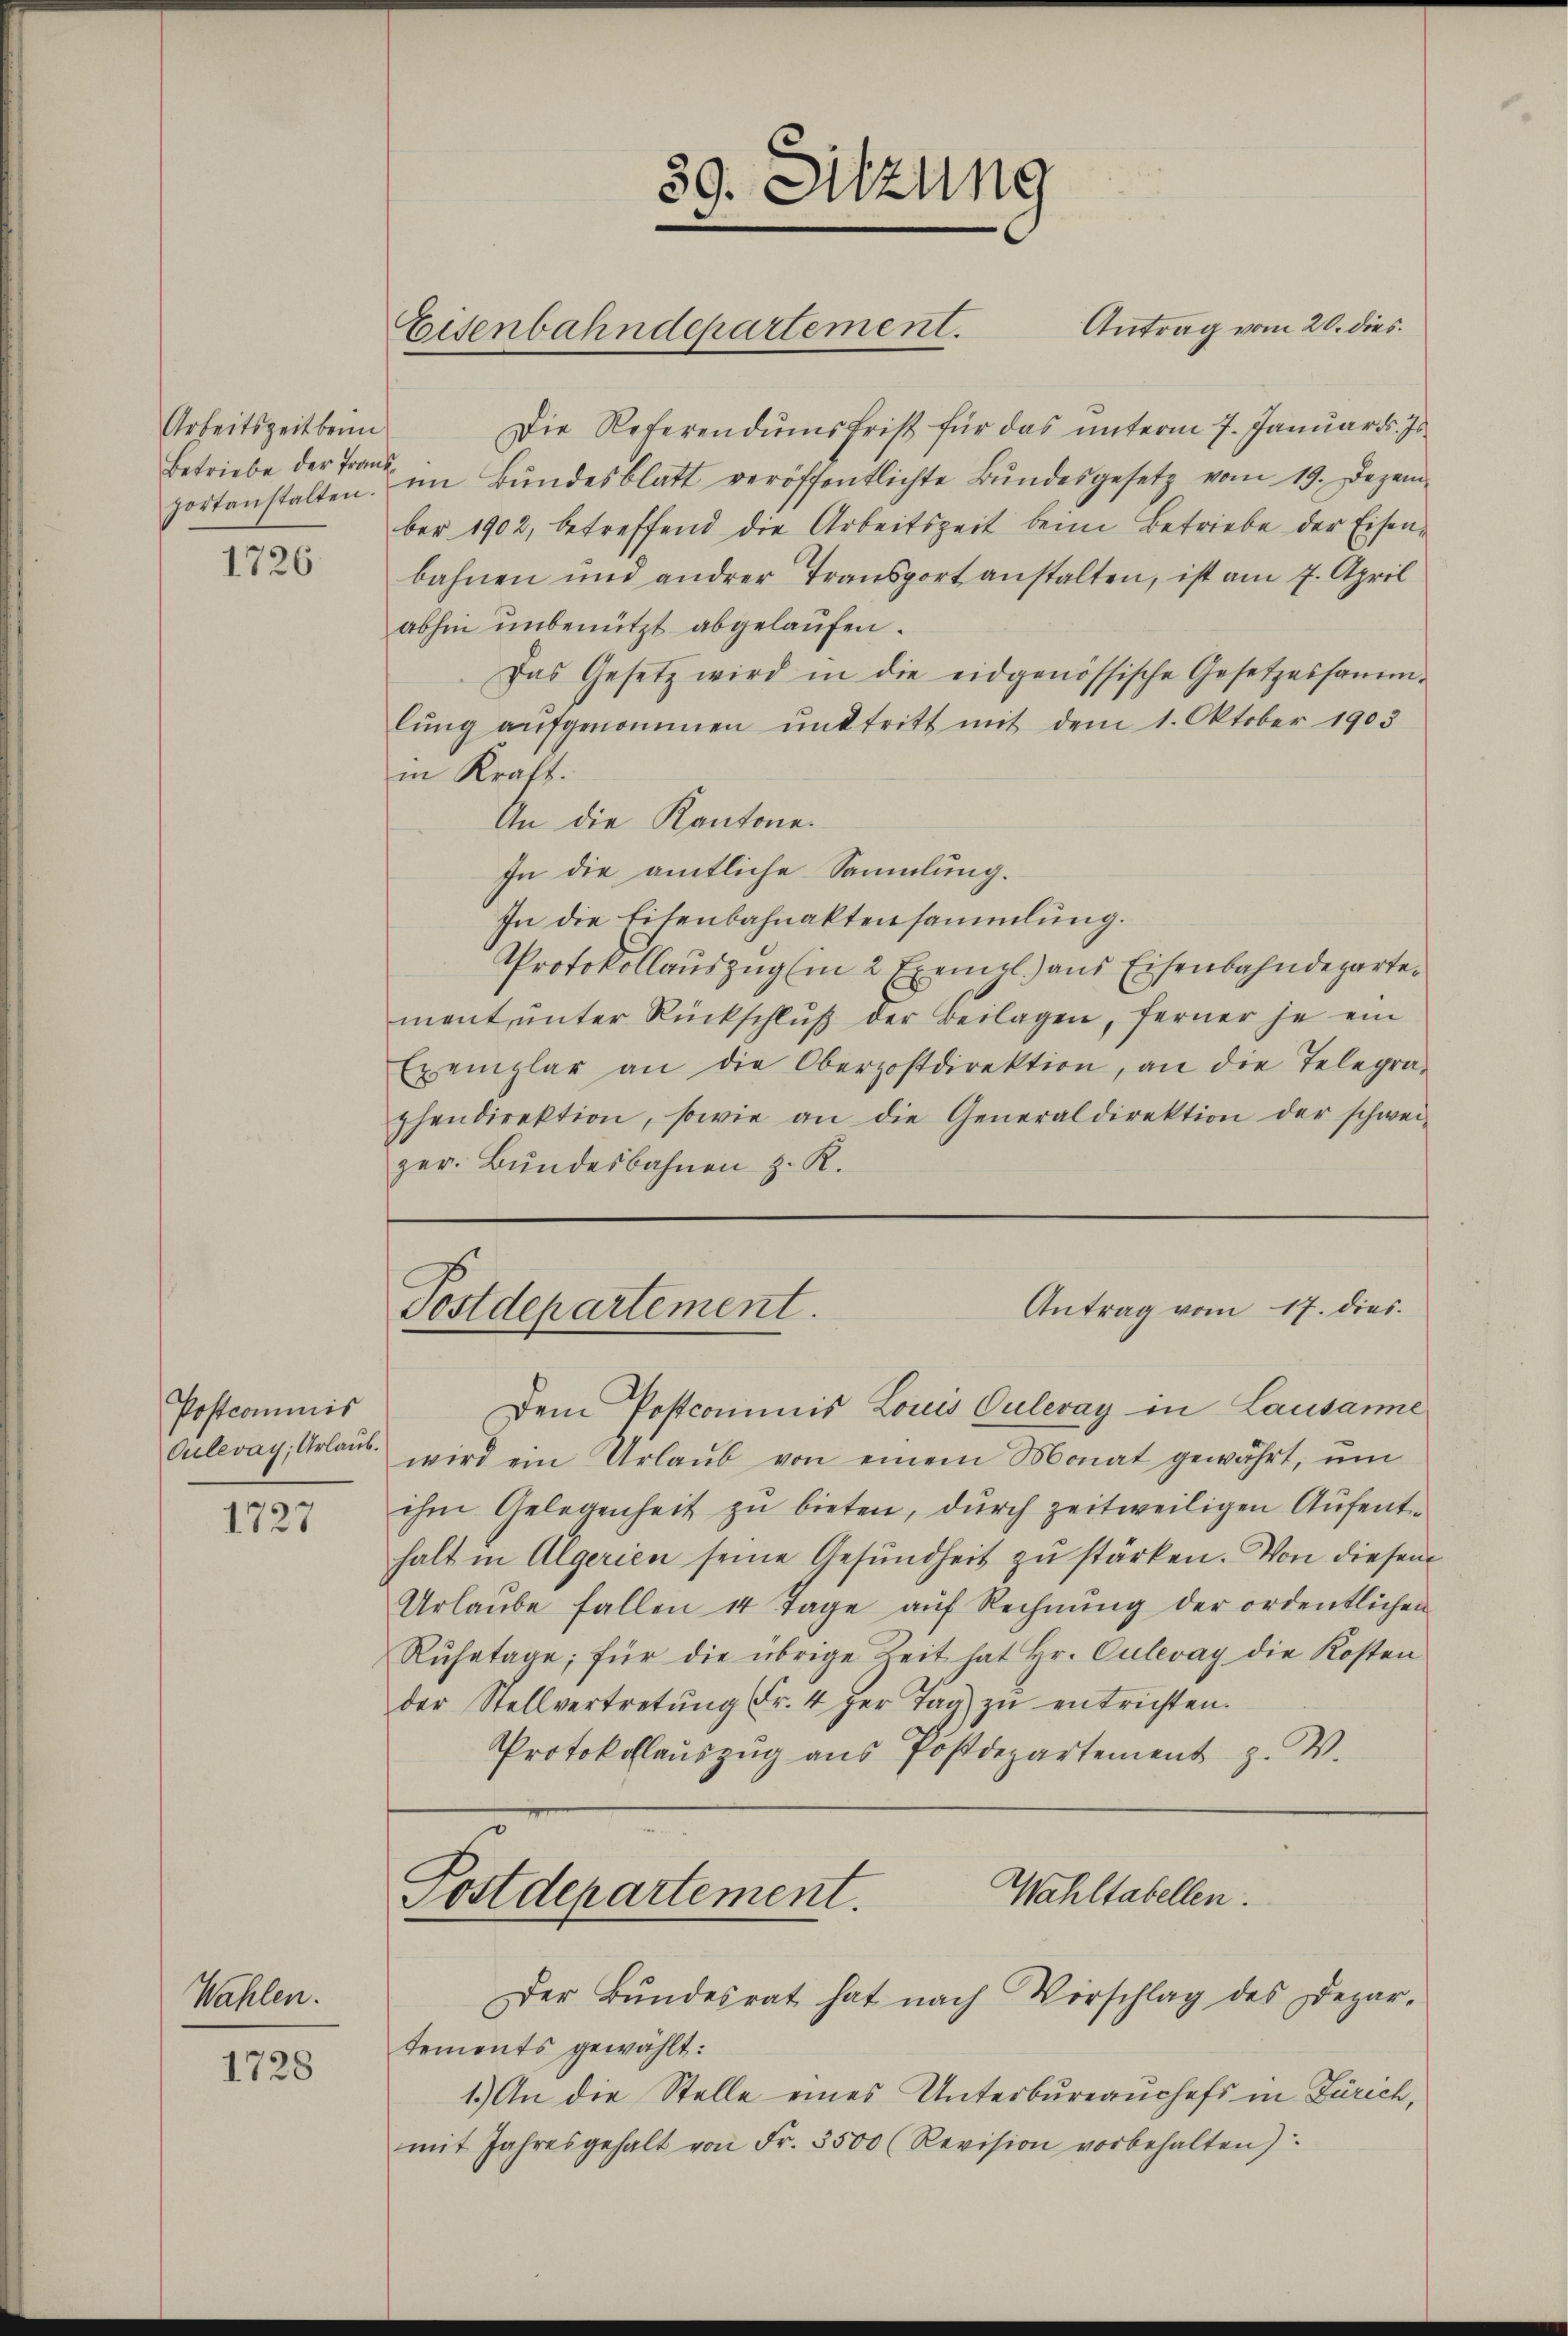
Arbeitszeit beim
Betriebe der Franz
portanstalten.

1726

Postcommis
Culevay; Urlaub.

1727

Wahlen.

1728

Die Referendumsfrist für das ŭnterm 7. Januar d. Js.
im Bŭndesblatt veröffentlichte Bŭndesgesetz vom 19. Dezem-
ber 1902, betreffend die Arbeitszeit beim Betriebe der Eisenbahnen und anderer Transport anstalten, ist am 7. April
abhin unbenützt abgelaufen.
Das Gesetz wird in die eidgenössische Gesetzessamm-
lung aufgenommen und tritt mit dem 1. Oktober 1903
in Kraft.
An die Kantone.
In die amtliche Sammlung.
In die Eisenbahnaktensammlung.
Protokollauszug (in 2 Exempl.) aus Eisenbahndepartemant ŭnter Rückschlŭβ der Beilagen, ferner je ein
Exemplar an die Oberzostdirektion, an die Telegra-
phendirektion, sowie an die Generaldirektion der schwei-
zer. Bŭndesbahnen z. R.

39. Sitzung
.
Antrag vom 20. dies
Eisenbahndepartement.

Antrag vom 17. dies
Postdepartement.

Dem Postcommis Louis Culevay in Lausanne
wird ein Urlaŭb von einem Monat gewährt, ŭm
ihm Gelegenheit zu bieten, durch zeitweiligen Aufenthalt in Algerien seine Gesundheit zu stärken. Von diesem
Urlaŭbe fallen 14 Tage aŭf Rechnŭng der ordentlichen
Rŭhetage; für die übrige Zeit hat Hr. Culevay die Kosten
der Stellvertretŭng Fr. 4 der Tag zŭ entrichten.
Protokollauszug aus Postdepartement z. V.

Wahltabellen.
Postdepartement.
Der Bŭndesrat hat nach Vorschlag des Depar-

tements gewählt:
1.) An die Stelle eines Unterbureaŭchefs in Zürich,
mit Jahresgehalt von Fr. 3500 (Revision vorbehalten):